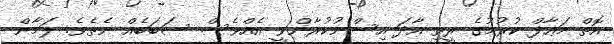
އޮތް މަޢާފް ކުރުމުގެ ރީތި އާދަ އިސްނުކުރާންވީ އެއްވެސް ސަބަބެއް ނެތެވެ. ލަމާން